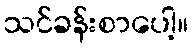
သင်ခန်းစာပေါ့။